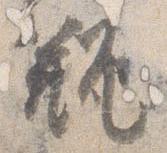
瓶